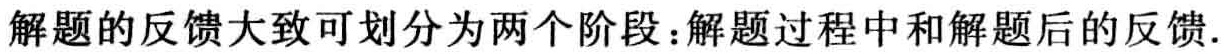
解题的反馈大致可划分为两个阶段：解题过程中和解题后的反馈.